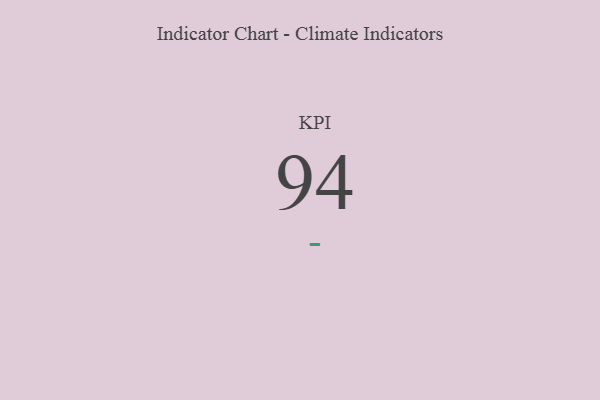
{"axis": {"x": "KPI", "y": "Value"}, "legend": [""], "data": [{"x": "KPI", "y": 94, "type": ""}]}